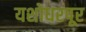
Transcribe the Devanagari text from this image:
यशोधरपूर